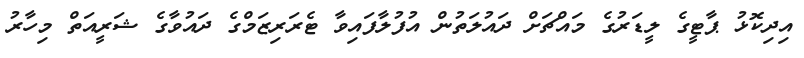
އިދިކޮޅު ޕާޓީގެ ލީޑަރުގެ މައްޗަށް ދައުލަތުން އުފުލާފައިވާ ޓެރަރިޒަމްގެ ދައުވާގެ ޝަރީއަތް މިހާރު